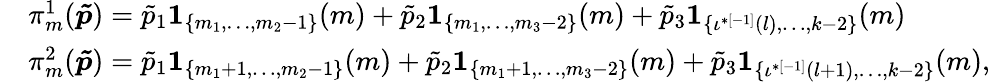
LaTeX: \begin{array}{rl}&{\pi_{m}^{1}(\boldsymbol{\tilde{p}})=\tilde{p}_{1}\boldsymbol{1}_{\{ m_{1},\dots,m_{2}-1\} }(m)+\tilde{p}_{2}\boldsymbol{1}_{\{ m_{1},\dots,m_{3}-2\} }(m)+\tilde{p}_{3}\boldsymbol{1}_{\{ \iota^{*[-1]}(l),\dots,k-2\} }(m)}\\ &{\pi_{m}^{2}(\boldsymbol{\tilde{p}})=\tilde{p}_{1}\boldsymbol{1}_{\{ m_{1}+1,\dots,m_{2}-1\} }(m)+\tilde{p}_{2}\boldsymbol{1}_{\{ m_{1}+1,\dots,m_{3}-2\} }(m)+\tilde{p}_{3}\boldsymbol{1}_{\{ \iota^{*[-1]}(l+1),\dots,k-2\} }(m),}\end{array}